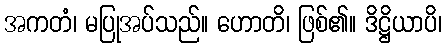
အကတံ၊ မပြုအပ်သည်။ ဟောတိ၊ ဖြစ်၏။ ဒိဋ္ဌိယာပိ၊